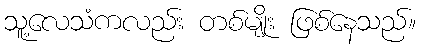
သူ့လေသံကလည်း တစ်မျိုး ဖြစ်နေသည်။